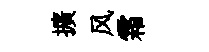
擴风霜